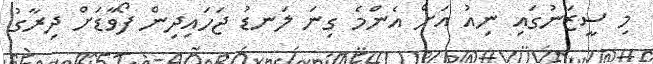
މި ސީޒަނުގައި ނިއު އަށް އެންމެ ގިނަ ލަނޑު ޖަހައިދިން ފޯވާޑަށް ދިރާގު